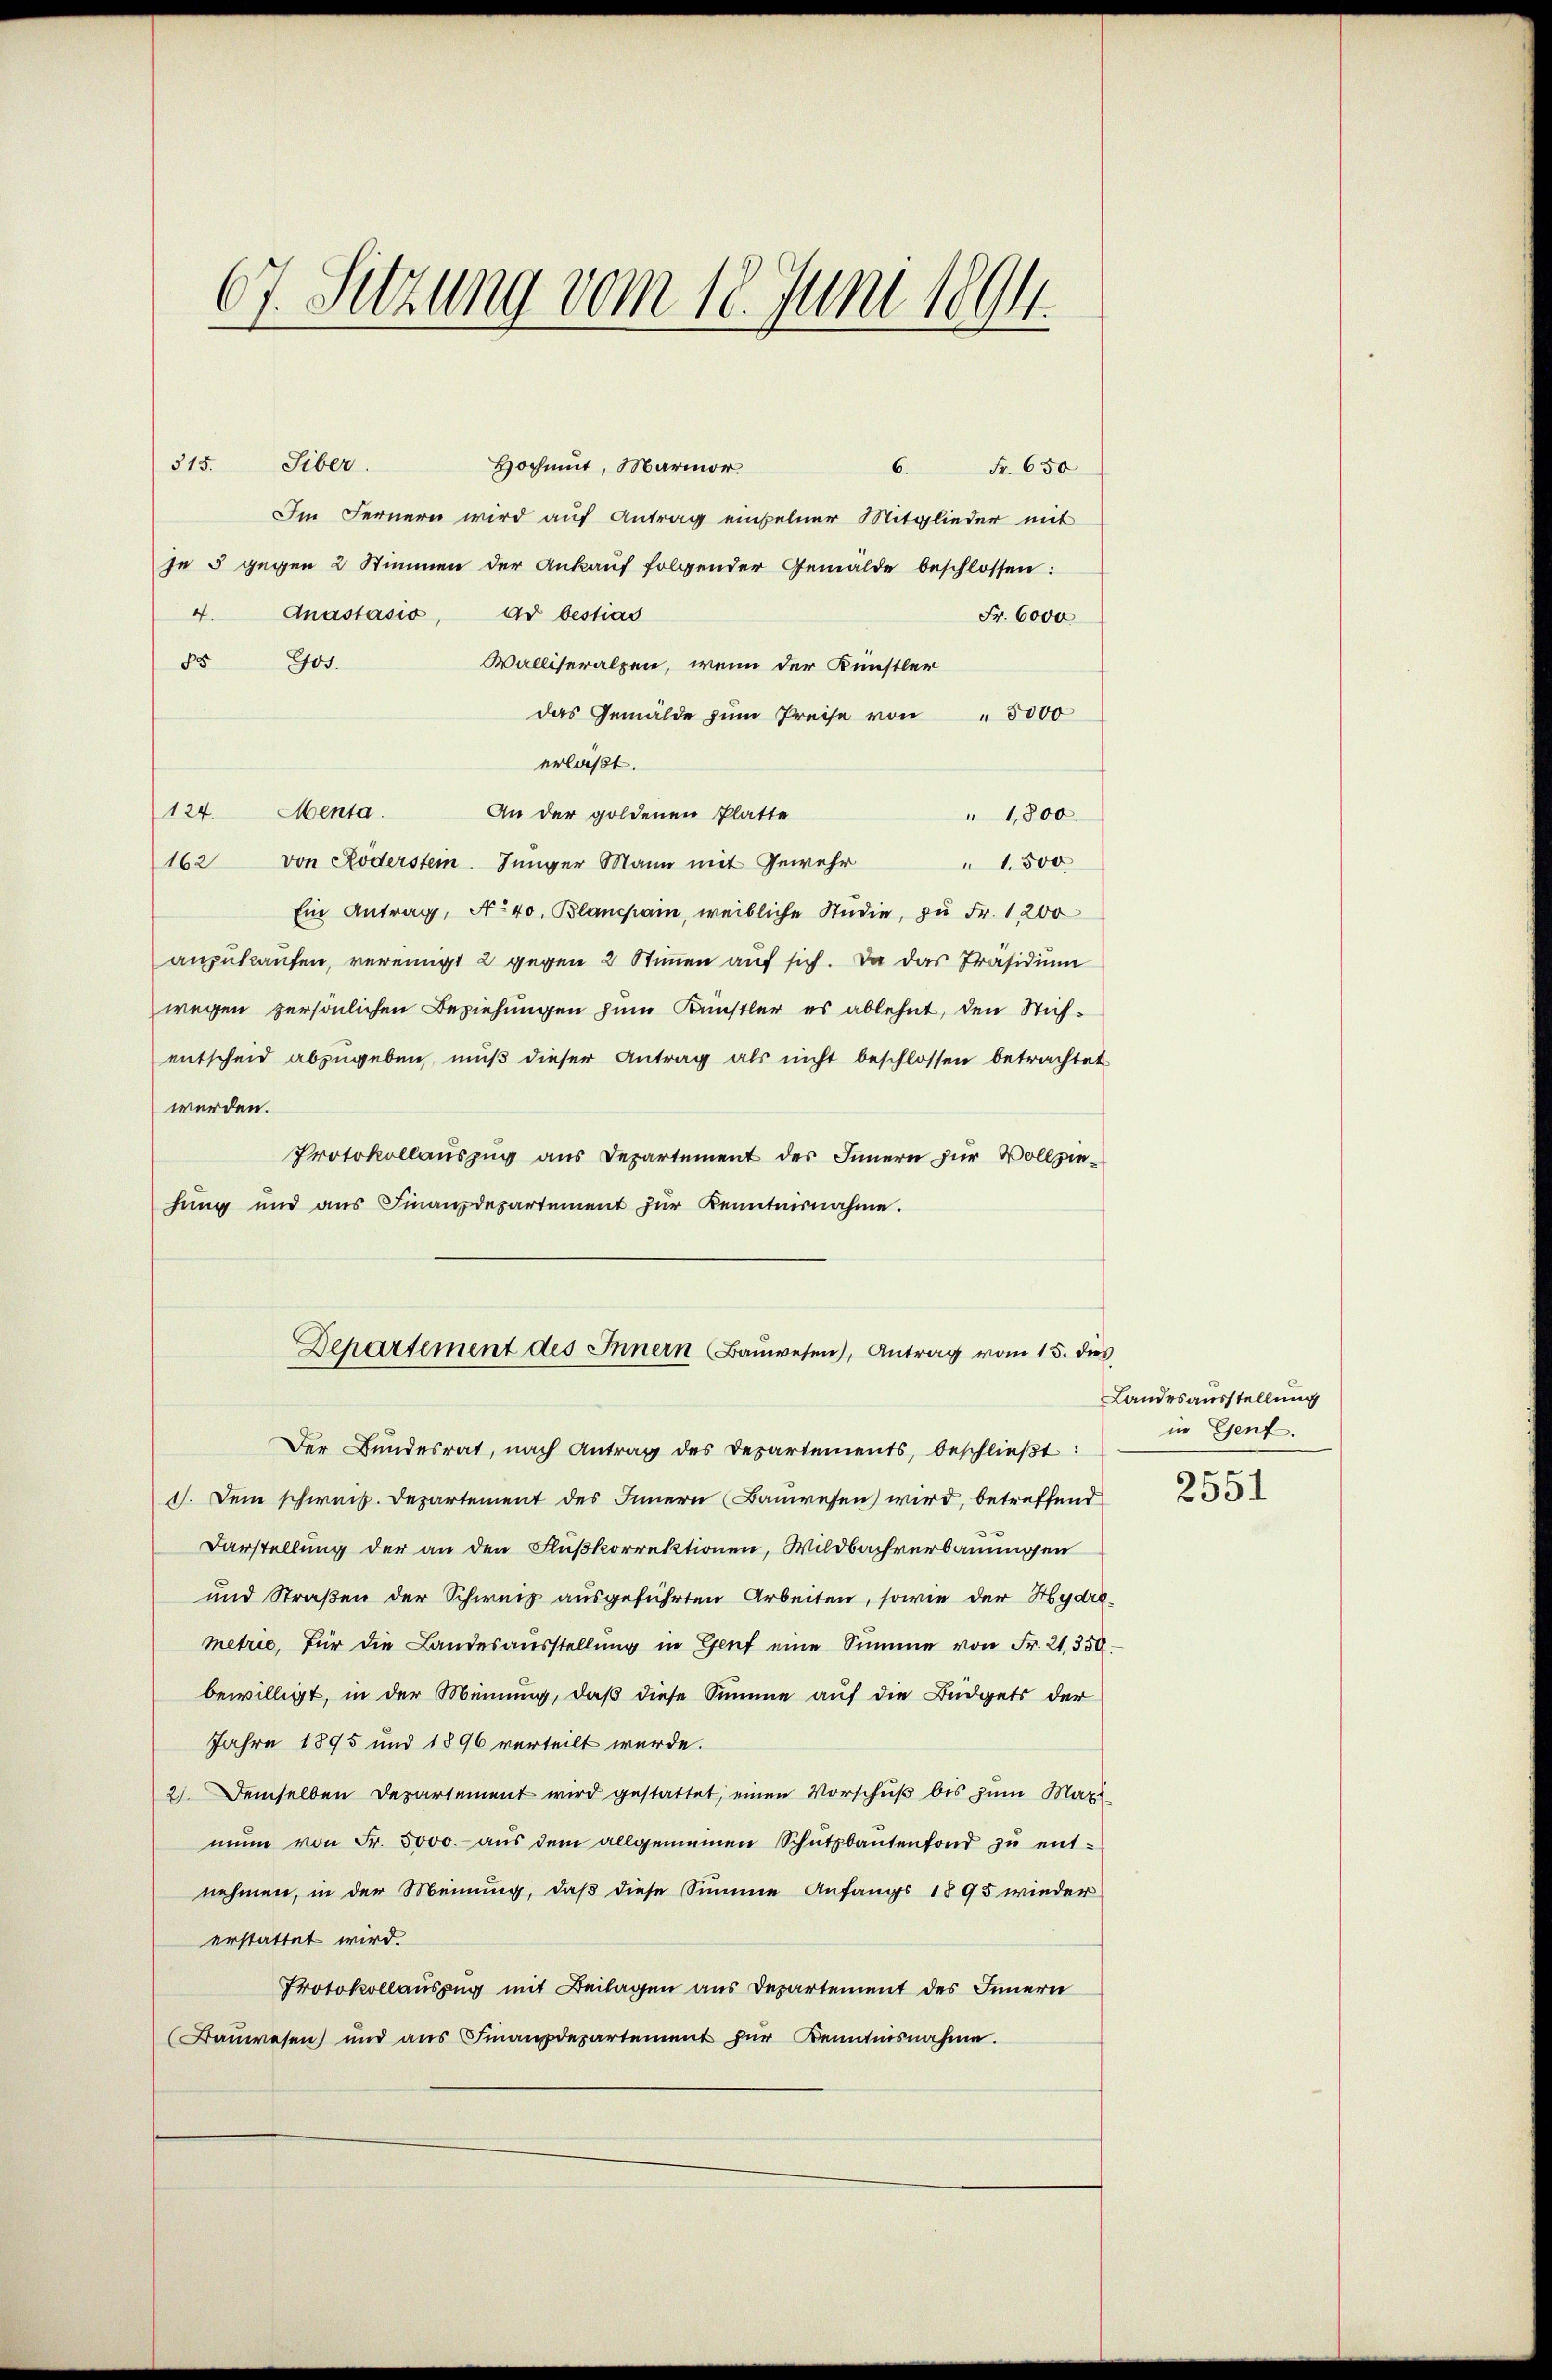
67. Sitzung vom 18. Juni 1894.

Hochmut, Marmor.
315. Siber.
6.
Fr. 650
Im Fernern wird auf Antrag einzelner Mitglieder mit
je 5 gegen 2 Stimmen der Ankauf folgender Gemälde beschlossen:
Anastasio, ad bestias
4.
Fr. 6000
Walliseralpen, wenn der Künstler
85 Gos.
das Gemälde zŭm Preise von " 3000
erlast.
An der goldenen Platte
124. Menta.
" 1,800
162 von Röderstein. Jünger Mann mit Gewehr
1.500
Ein Antrag, No 40. Blanchain, weibliche Studie, zu Fr. 1200
anzukaufen, vereinigt 2 gegen 2 Stimmen auf sich. Da das Präsidium
wegen persönlichen Beziehungen zum Künstler es ablehnt, den Stichentscheid abzugeben muß dieser Antrag als nicht beschlossen betrachtet
werden.
Protokollauszug aus Departement des Innern zur Vollziehung und ans Finanzdepartement zŭr Kenntnisnahme.
Departement des Innern Baŭwesen), Antrag vom 15. des
Der Bundesrat, nach Antrag des Departements, beschließt:
1). Dem schweiz. Departement des Innern Bauwesen wird, betreffend
Darstellung der an den Flußkorrektionen, Wildbachverbauungen
und Straßen der Schweiz ausgeführten Arbeiten, sowie der Hydremetrie, für die Landesausstellŭng in Genf eine Summe von Fr. 21350.
bewilligt, in der Meinung, daß diese Summe auf die Büdgets der
Jahre 1895 und 1896 verteilt wurde.
2). Demselben Departement wird gestattet, einen Vorschuß bis zum Mari
nŭn von Fr. 5000.- aŭs dem allgemeinen Schŭtzbaŭtenfond zŭ ent-
nehmen, in der Meinung, daß diese Summe Anfangs 1895 wieder
erstattet wird.
Protokollauszug mit Beilagen aus Departement des Innern
Bauwesen und aŭs Finanzdepartement für Kenntnisnahme.

Landesausstellung
in Genf.

2551